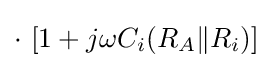
\cdot \ [1+j\omega C_{i}(R_{A}\|R_{i})]\,\!